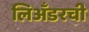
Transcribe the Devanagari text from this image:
लिअँडरची